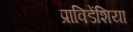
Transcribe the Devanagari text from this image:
प्राविडेंशिया